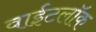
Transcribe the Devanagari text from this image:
वाईटलॉक